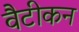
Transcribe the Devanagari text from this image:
वैटीकन